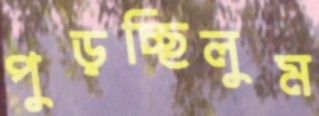
পুড়চ্ছিলুম